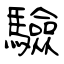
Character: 驗